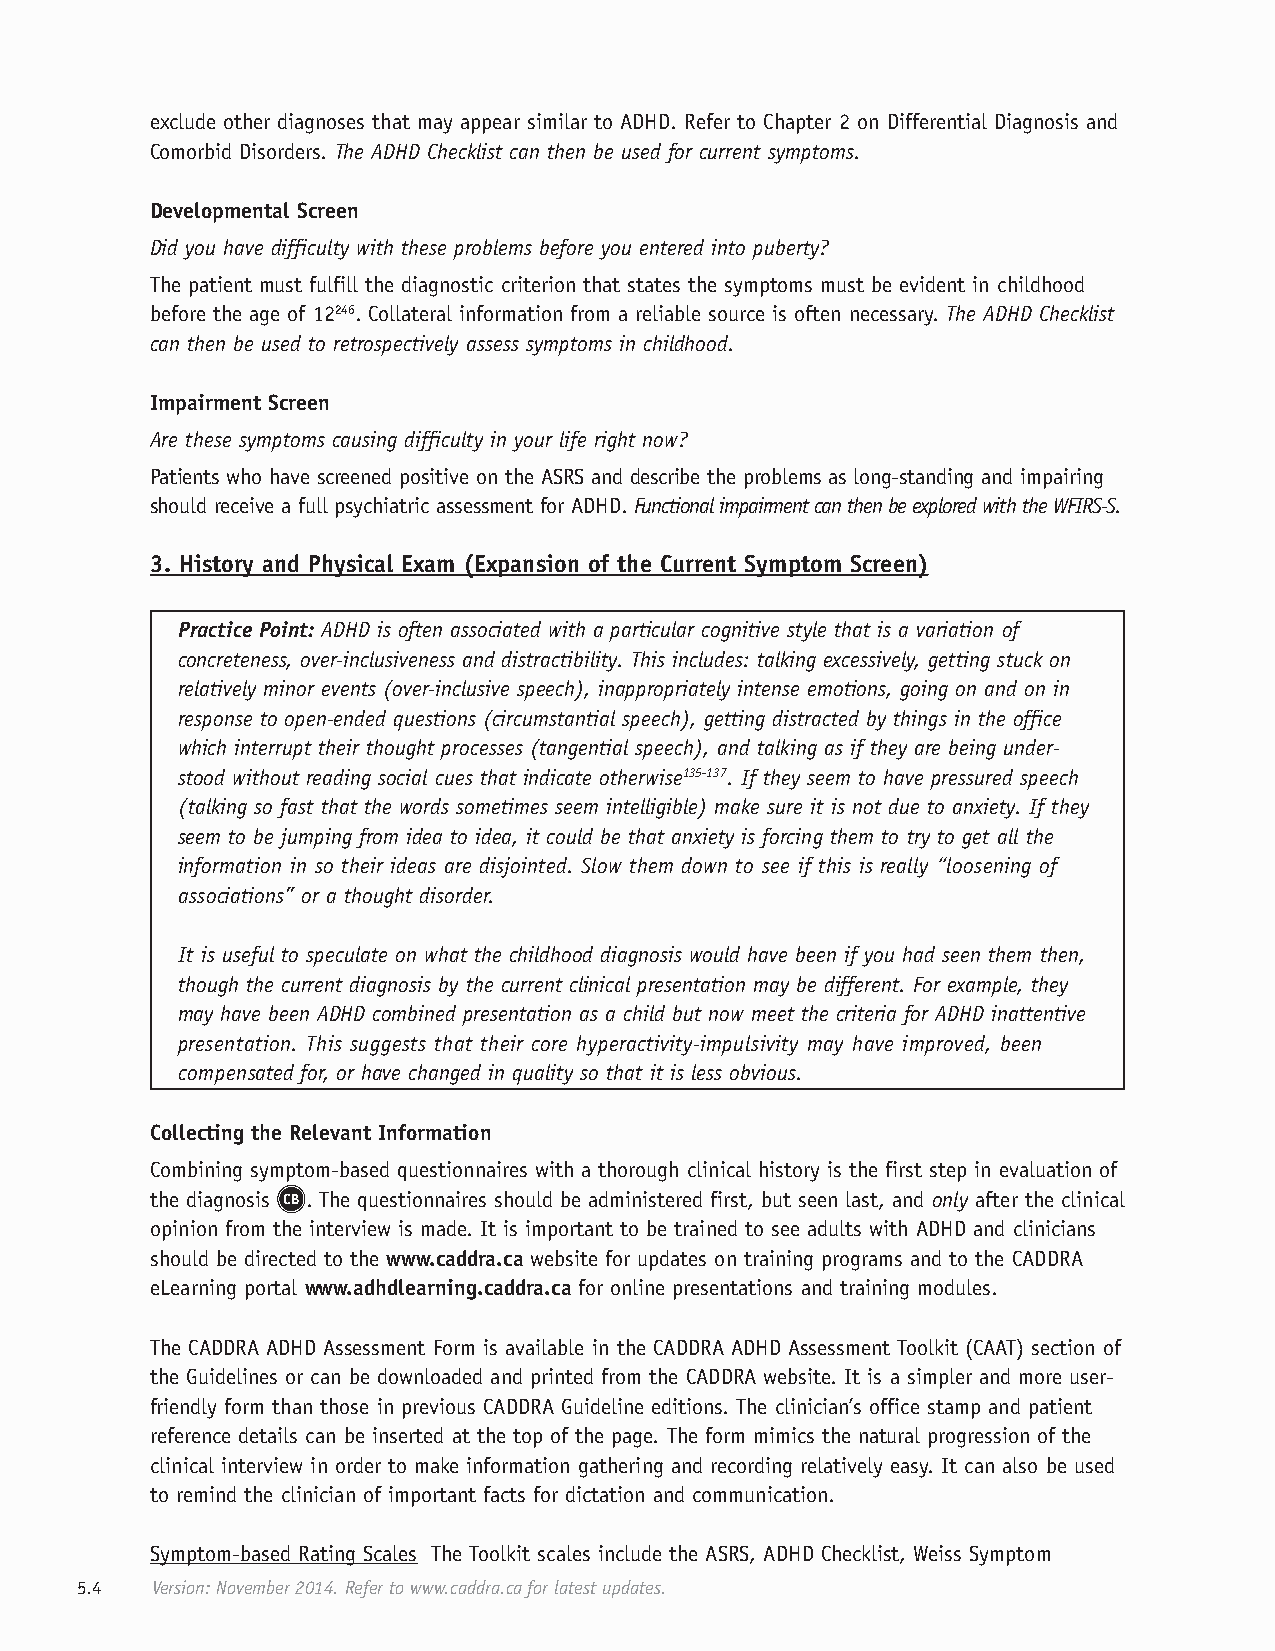
exclude other diagnoses that may appear similar to ADHD. Refer to Chapter 2 on Differential Diagnosis and
 Comorbid Disorders. The ADHD Checklist can then be used for current symptoms.
 Developmental Screen
 Did you have difficulty with these problems before you entered into puberty?
 The patient must fulfill the diagnostic criterion that states the symptoms must be evident in childhood
 before the age of 12246. Collateral information from a reliable source is often necessary. The ADHD Checklist
 can then be used to retrospectively assess symptoms in childhood.
 Impairment Screen
 Are these symptoms causing difficulty in your life right now?
 Patients who have screened positive on the ASRS and describe the problems as long-standing and impairing
 should receive a full psychiatric assessment for ADHD. Functional impairment can then be explored with the WFIRS-S.
 3. History and Physical Exam (Expansion of the Current Symptom Screen)
 Practice Point: ADHD is often associated with a particular cognitive style that is a variation of
 concreteness, over-inclusiveness and distractibility. This includes: talking excessively, getting stuck on
 relatively minor events (over-inclusive speech), inappropriately intense emotions, going on and on in
 response to open-ended questions (circumstantial speech), getting distracted by things in the office
 which interrupt their thought processes (tangential speech), and talking as if they are being under-
 stood without reading social cues that indicate otherwise135-137. If they seem to have pressured speech
 (talking so fast that the words sometimes seem intelligible) make sure it is not due to anxiety. If they
 seem to be jumping from idea to idea, it could be that anxiety is forcing them to try to get all the
 information in so their ideas are disjointed. Slow them down to see if this is really “loosening of
 associations” or a thought disorder.
 It is useful to speculate on what the childhood diagnosis would have been if you had seen them then,
 though the current diagnosis by the current clinical presentation may be different. For example, they
 may have been ADHD combined presentation as a child but now meet the criteria for ADHD inattentive
 presentation. This suggests that their core hyperactivity-impulsivity may have improved, been
 compensated for, or have changed in quality so that it is less obvious.
 Collecting the Relevant Information
 Combining symptom-based questionnaires with a thorough clinical history is the first step in evaluation of
 the diagnosis CB . The questionnaires should be administered first, but seen last, and only after the clinical
 opinion from the interview is made. It is important to be trained to see adults with ADHD and clinicians
 should be directed to the www.caddra.ca website for updates on training programs and to the CADDRA
 eLearning portal www.adhdlearning.caddra.ca for online presentations and training modules.
 The CADDRA ADHD Assessment Form is available in the CADDRA ADHD Assessment Toolkit (CAAT) section of
 the Guidelines or can be downloaded and printed from the CADDRA website. It is a simpler and more user-
 friendly form than those in previous CADDRA Guideline editions. The clinician’s office stamp and patient
 reference details can be inserted at the top of the page. The form mimics the natural progression of the
 clinical interview in order to make information gathering and recording relatively easy. It can also be used
 to remind the clinician of important facts for dictation and communication.
 Symptom-based Rating Scales The Toolkit scales include the ASRS, ADHD Checklist, Weiss Symptom
 5.4  Version: November 2014. Refer to www.caddra.ca for latest updates.